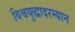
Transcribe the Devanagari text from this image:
विश्वयुद्धादरम्यान